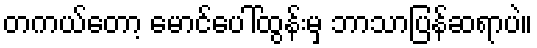
တကယ်တော့ မောင်ပေါ်ထွန်းမှ ဘာသာပြန်ဆရာပဲ။